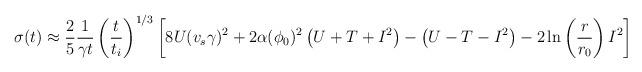
LaTeX: \begin{align*}\sigma(t) \approx \frac{2}{5} \frac{1}{\gamma t} \left(\frac{t}{t_i}\right)^{1/3} \left[8U (v_s\gamma)^2 + 2\alpha(\phi_0)^2 \left(U+T+I^2\right)- \left( U-T-I^2\right) - 2\ln\left(\frac{r}{r_0}\right)I^2 \right]\end{align*}